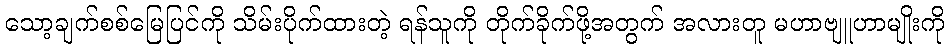
သော့ချက်စစ်မြေပြင်ကို သိမ်းပိုက်ထားတဲ့ ရန်သူကို တိုက်ခိုက်ဖို့အတွက် အလားတူ မဟာဗျူဟာမျိုးကို